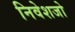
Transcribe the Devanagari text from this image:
निवेशजो